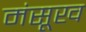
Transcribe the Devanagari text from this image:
मंसूख